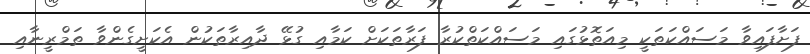
ފަށާފައިވާ މަސައްކަަތަކީ މިއަތޮޅުގައި މަސައްކަތްކުރާ ފަރާތަކަށް ކަމާއި ގުޅޭ ދާއިރާތަކުން އެކަށީގެންވާ ތަމްރީނާއި